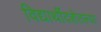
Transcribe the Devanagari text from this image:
विद्यार्थीदशेतल्या